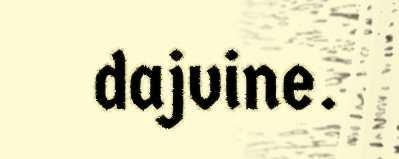
dajvine.